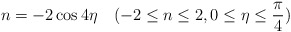
\begin{align*}n = -2\cos4\eta \quad(-2\le n \le 2, 0\le\eta\le\frac{\pi}{4})\end{align*}